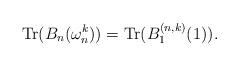
LaTeX: \begin{align*}\mathrm{Tr}(B_n(\omega_n^k)) = \mathrm{Tr}(B^{(n,k)}_1(1)).\end{align*}